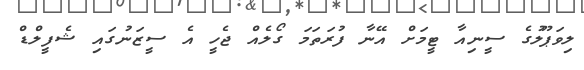
ލިވަޕޫލުގެ ސީނިއާ ޓީމަށް އޭނާ ފުރަތަމަ ގޯލެއް ޖެހީ އެ ސީޒަނުގައި ޝެފީލްޑް